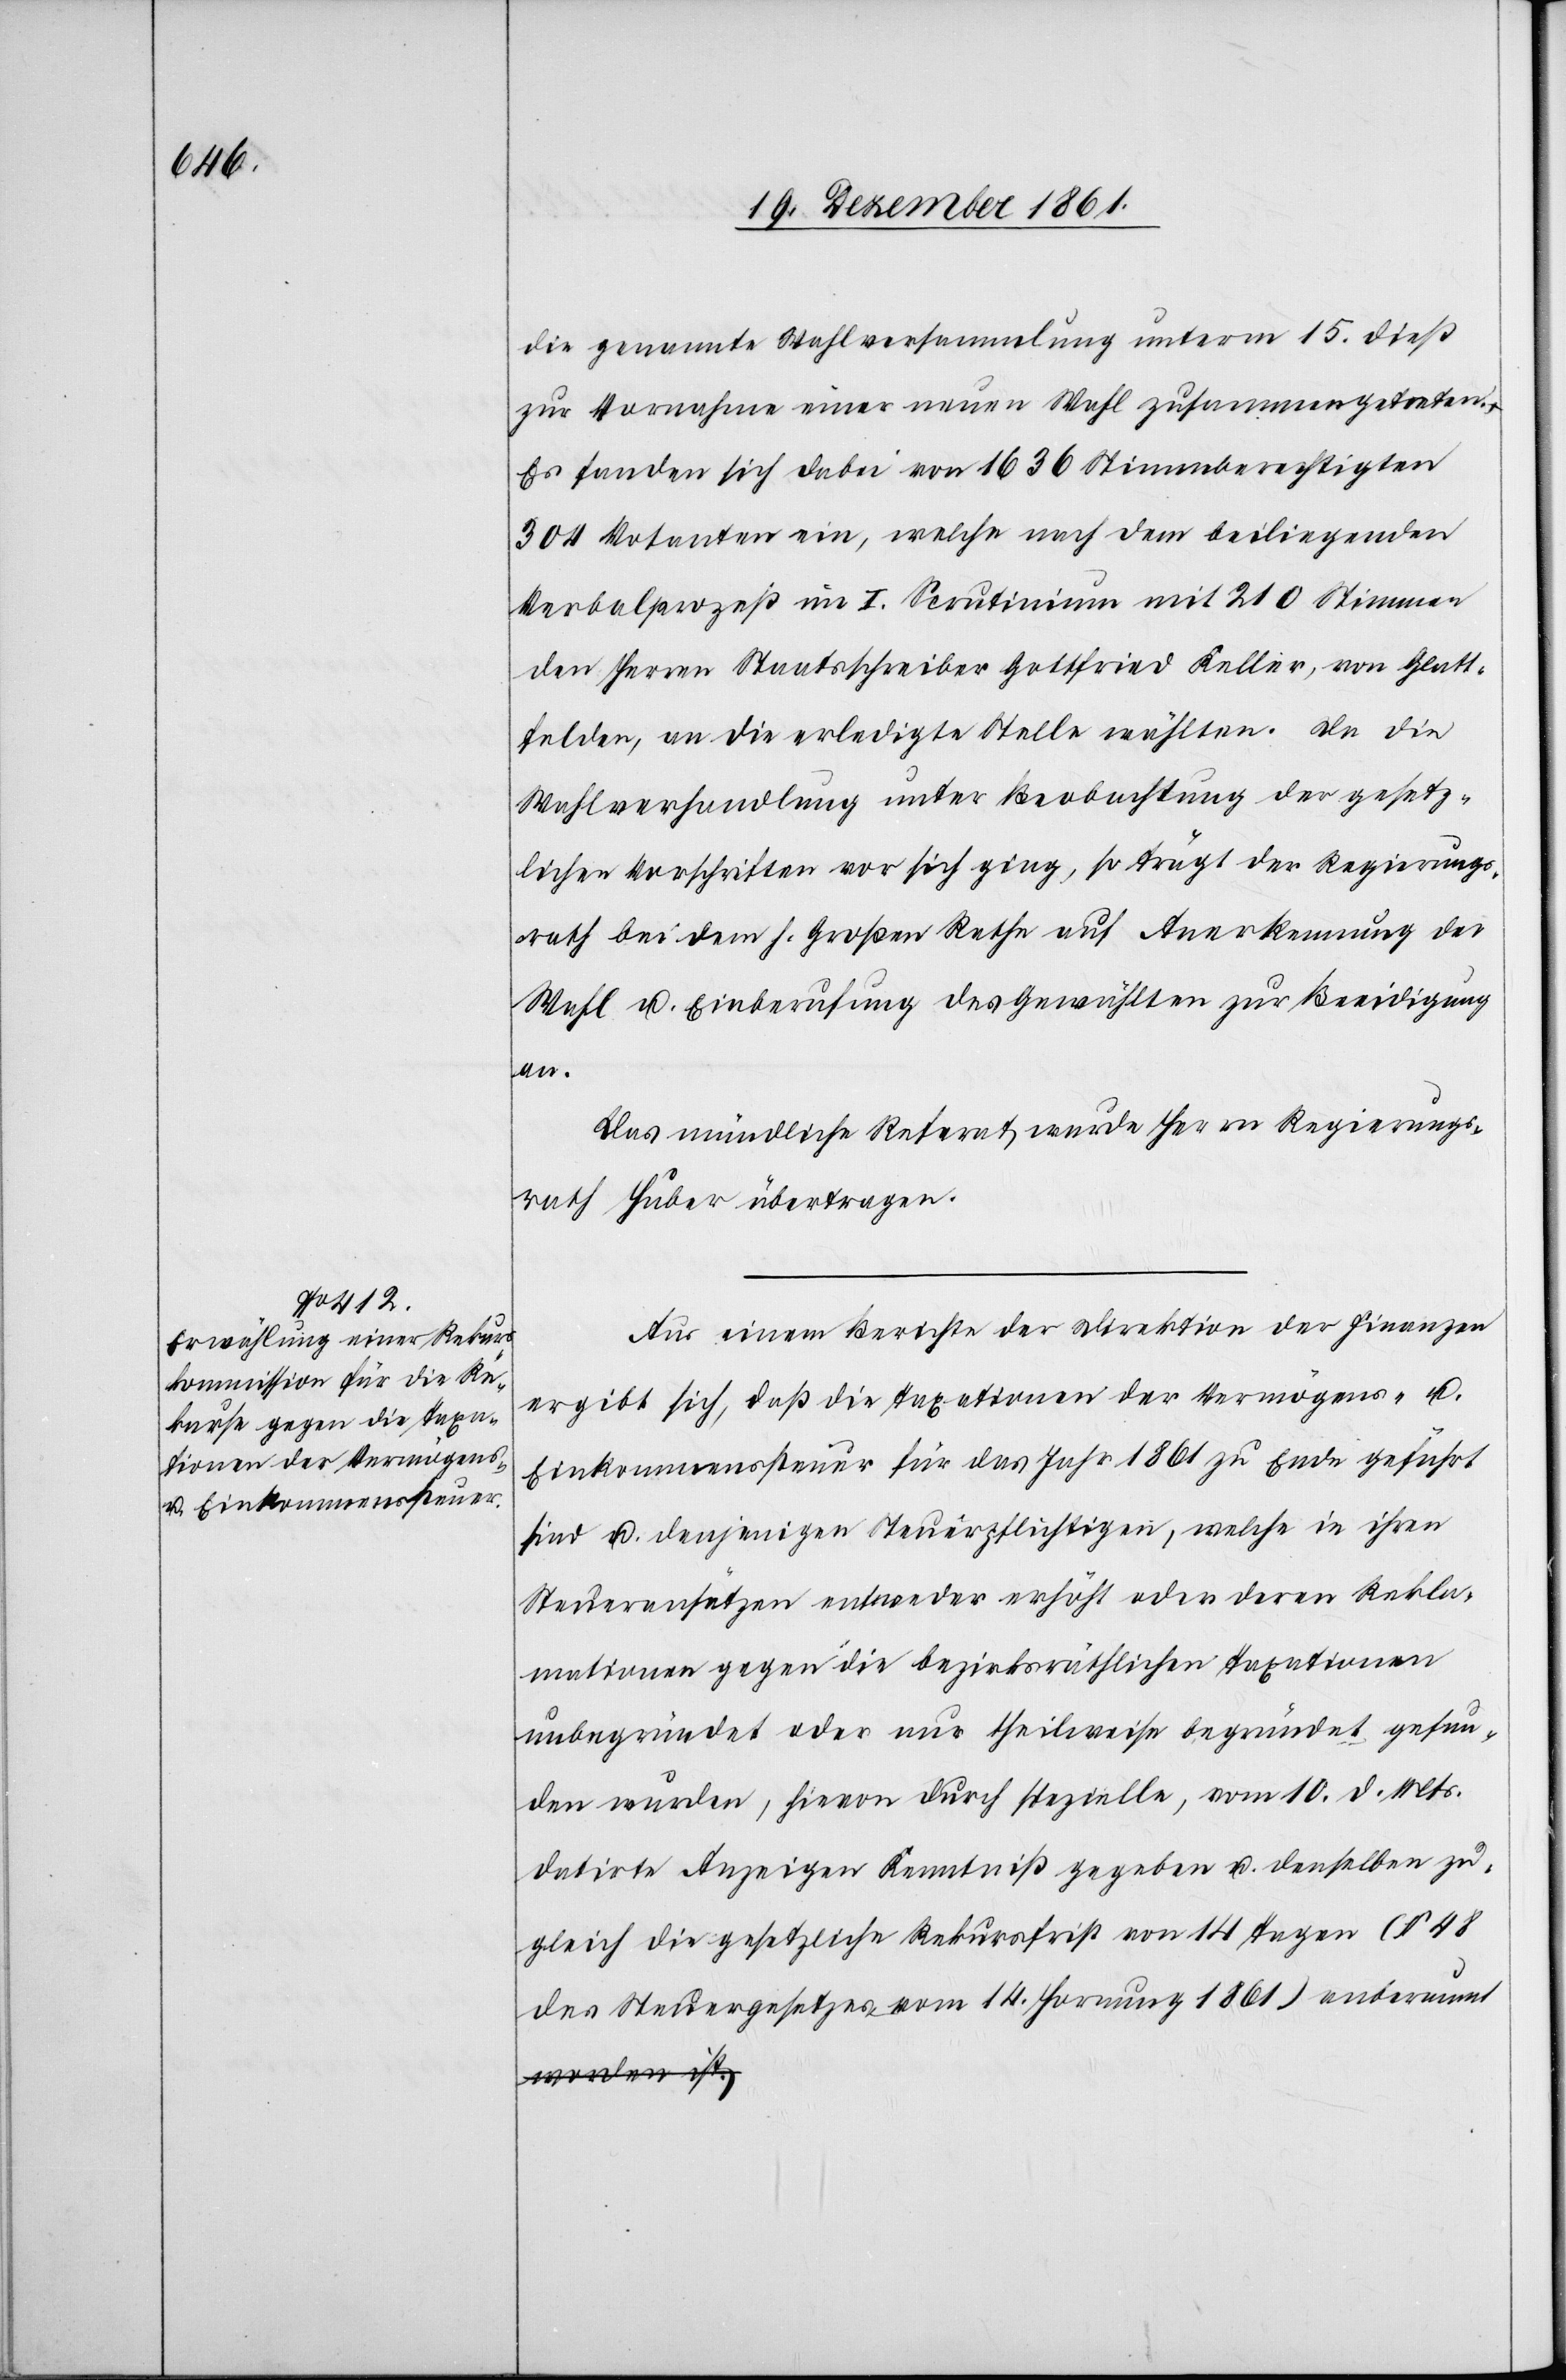
die genannte Wahlversammlung unterm 15 dieß
zur Vornahme einer neuen Wahl zusammengetreten.
Es fanden sich dabei von 1636 Stimmberechtigten
304 Votanten ein, welche nach dem beiliegenden
Verbalprozeß im I Scrutinium mit 210 Stimmen
den Herrn Staatsschreiber Gottfried Keller, von Glatt¬
felden, an die erledigte Stelle wählten. Da die
Wahlverhandlung unter Beobachtung der gesetz¬
lichen Vorschriften vor sich ging, so trägt der Regierungs¬
rath bei dem h. Großen Rathe auf Anerkennung der
Wahl u. Einberufung des Gewählten zur Beeidigung
an.
Das mündliche Referat wurde Herrn Regierungs¬
rath Huber übertragen.
Aus einem Berichte der Direktion der Finanzen
ergibt sich, daß die Taxationen der Vermögens- u.
Einkommenssteuer für das Jahr 1861 zu Ende geführt
sind u. denjenigen Steuerpflichtigen, welche in ihren
Steueransätzen entweder erhöht oder deren Rekla¬
mationen gegen die bezirksräthlichen Taxationen
unbegründet oder nur theilweise begründet gefun¬
den wurden, hievon durch spezielle, vom 10 d. Mts.
datirte Anzeige Kenntniß gegeben u. denselben zu¬
gleich die gesetzliche Rekursfrist von 14 Tagen (§ 48
des Steuergesetzes vom 14 Hornung 1861) anberaumt